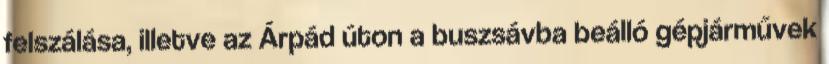
felszálása, illetve az Árpád úton a buszsávba beálló gépjárművek